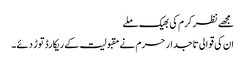
مجھے نظر کرم کی بھیک ملے
ان کی قوالی تاجدار حرم نے مقبولیت کے ریکارڈ توڑ دئے۔